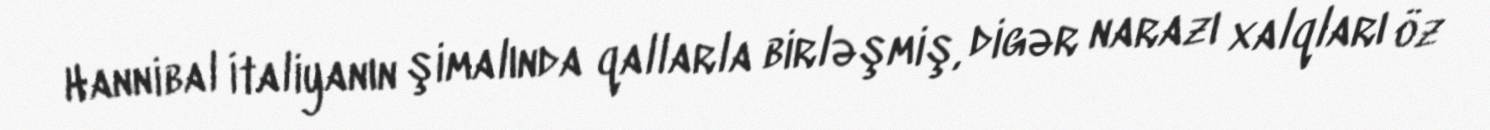
Hannibal İtaliyanın şimalında qallarla birləşmiş, digər narazı xalqları öz